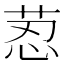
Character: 荵